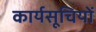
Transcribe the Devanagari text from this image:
कार्यसूचियों